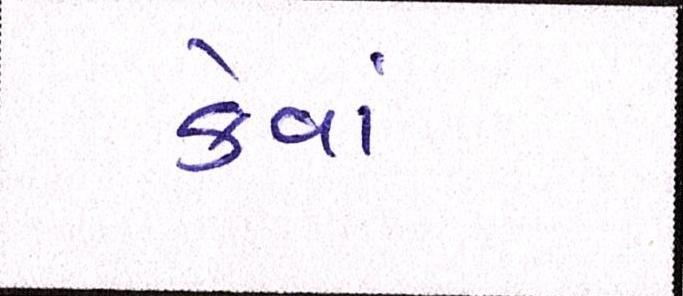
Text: કેવાં